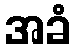
အခံ